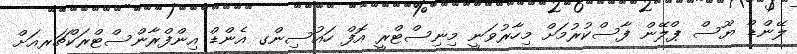
ލޭންޑް ޔޫސް ޕްލޭން ފާސްކުރުމަށް މިހާރުވަނީ މިނިސްޓްރީ އޮފް ހައުސިންގ އެންޑް އިންފްރާންސްޓްރަކްޗަރއަށް